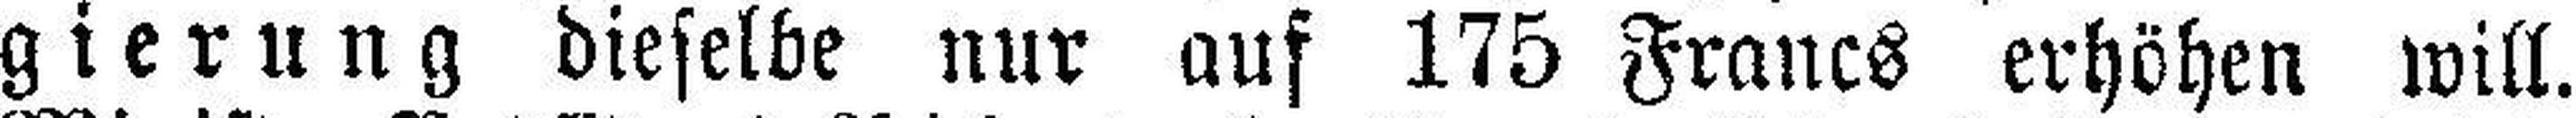
gierung dieselbe nur auf 175 Franes erhöhen will.